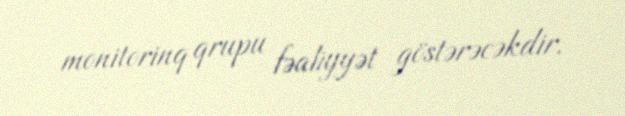
monitorinq qrupu fəaliyyət göstərəcəkdir.